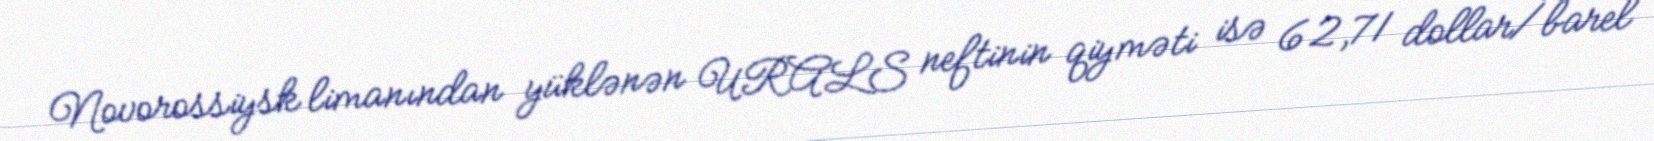
Novorossiysk limanından yüklənən URALS neftinin qiyməti isə 62,71 dollar/barel